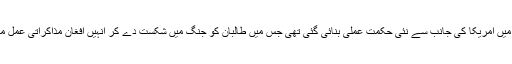
خیال رہے کہ گزشتہ برس اگست میں امریکا کی جانب سے نئی حکمت عملی بنائی گئی تھی جس میں طالبان کو جنگ میں شکست دے کر انہیں افغان مذاکراتی عمل میں شامل ہونے پر مجبور کرنا تھا۔